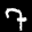
Digit: 7